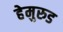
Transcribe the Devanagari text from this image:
हेमुरुड